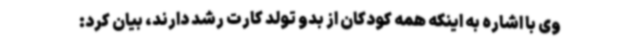
وی با اشاره به اینکه همه کودکان از بدو تولد کارت رشد دارند، بیان کرد: